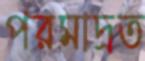
পরমাদ্রত